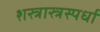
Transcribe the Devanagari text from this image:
शस्त्रास्त्रस्पर्धा